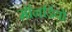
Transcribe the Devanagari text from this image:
मॉनडियो